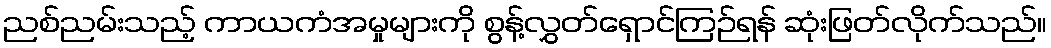
ညစ်ညမ်းသည့် ကာယကံအမှုများကို စွန့်လွှတ်ရှောင်ကြဉ်ရန် ဆုံးဖြတ်လိုက်သည်။